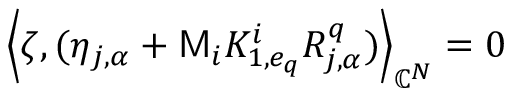
\left\langle \zeta , ( \eta _ { j , \alpha } + \mathsf { M } _ { i } K _ { 1 , e _ { q } } ^ { i } R _ { j , \alpha } ^ { q } ) \right\rangle _ { \mathbb { C } ^ { N } } = 0